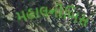
મહાલનોબિસ